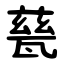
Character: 甆